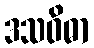
ဒသဝိဓာ